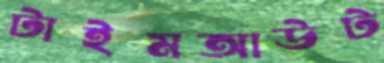
টাইমআউট